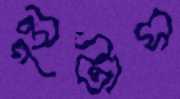
লুটাস